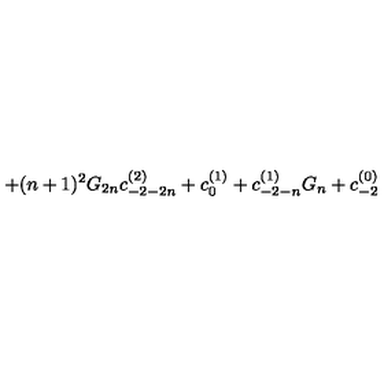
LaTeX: + ( n + 1 ) ^ { 2 } G _ { 2 n } c _ { - 2 - 2 n } ^ { ( 2 ) } + c _ { 0 } ^ { ( 1 ) } + c _ { - 2 - n } ^ { ( 1 ) } G _ { n } + c _ { - 2 } ^ { ( 0 ) }